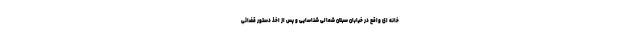
خانه ای واقع در خیابان سبلان شمالی شناسایی و پس از اخذ دستور قضائی